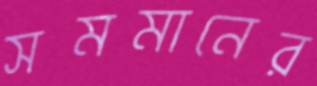
সমমানের